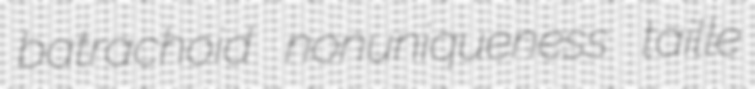
batrachoid nonuniqueness taille